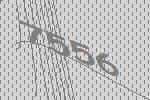
7556